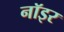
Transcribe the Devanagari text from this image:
नॉइर